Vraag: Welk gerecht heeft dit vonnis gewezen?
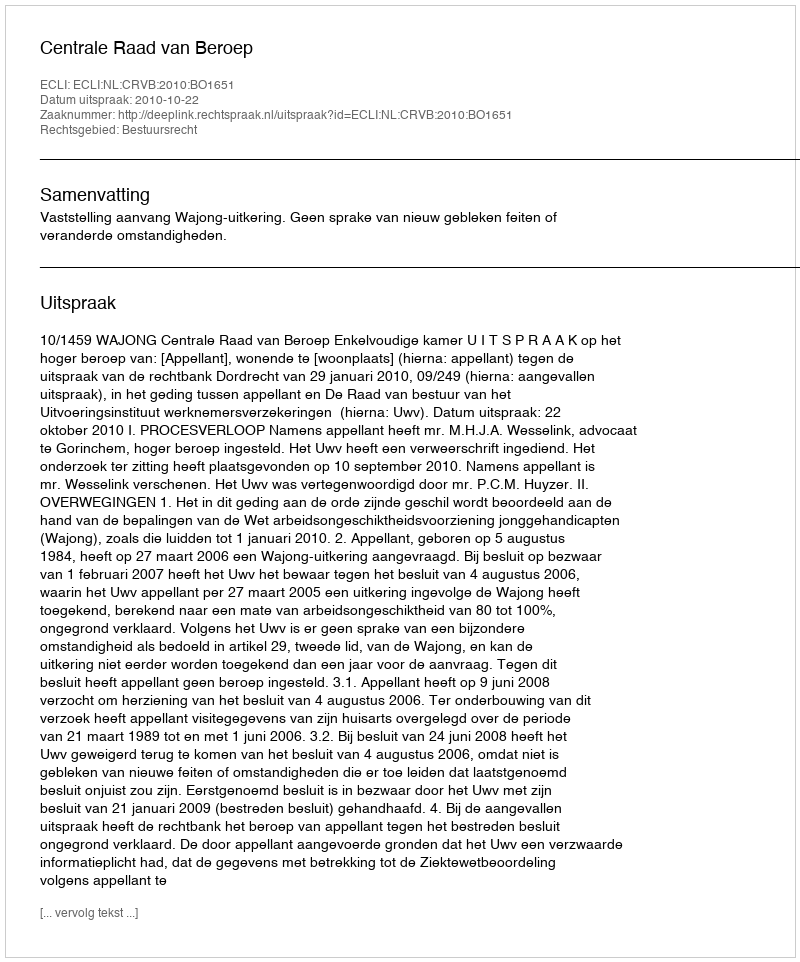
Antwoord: Centrale Raad van Beroep